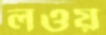
লওয়